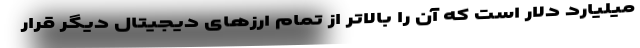
میلیارد دلار است که آن را بالاتر از تمام ارزهای دیجیتال دیگر قرار